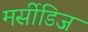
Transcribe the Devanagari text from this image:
मर्सीडिज